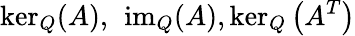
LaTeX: \ker_{Q}(A),\ \operatorname{im}_{Q}(A),\ker_{Q}\left(A^{T}\right)